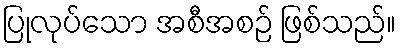
ပြုလုပ်သော အစီအစဉ် ဖြစ်သည်။